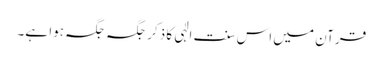
قرآن میں اس سنت الٰہی کا ذکر جگہ جگہ ہوا ہے۔